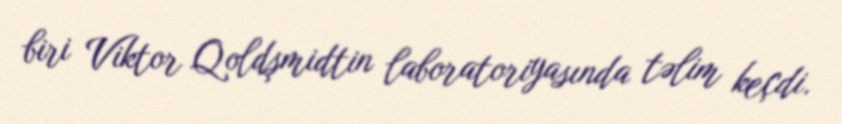
biri Viktor Qoldşmidtin laboratoriyasında təlim keçdi.